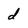
Character: d